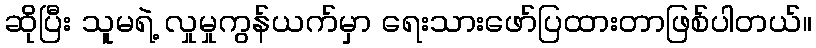
ဆိုပြီး သူမရဲ့ လှုမှုကွန်ယက်မှာ ရေးသားဖော်ပြထားတာဖြစ်ပါတယ်။